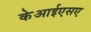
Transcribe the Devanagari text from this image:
केआईएसए